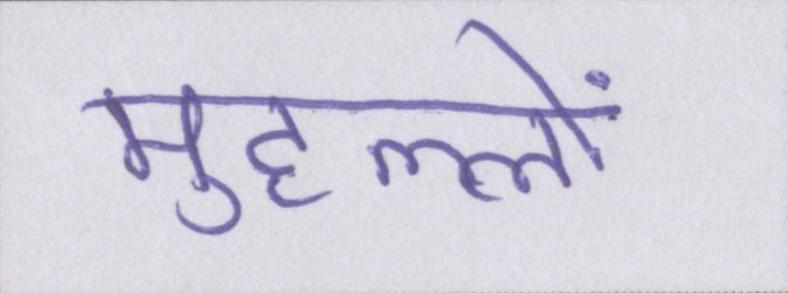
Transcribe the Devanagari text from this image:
मुहल्लों